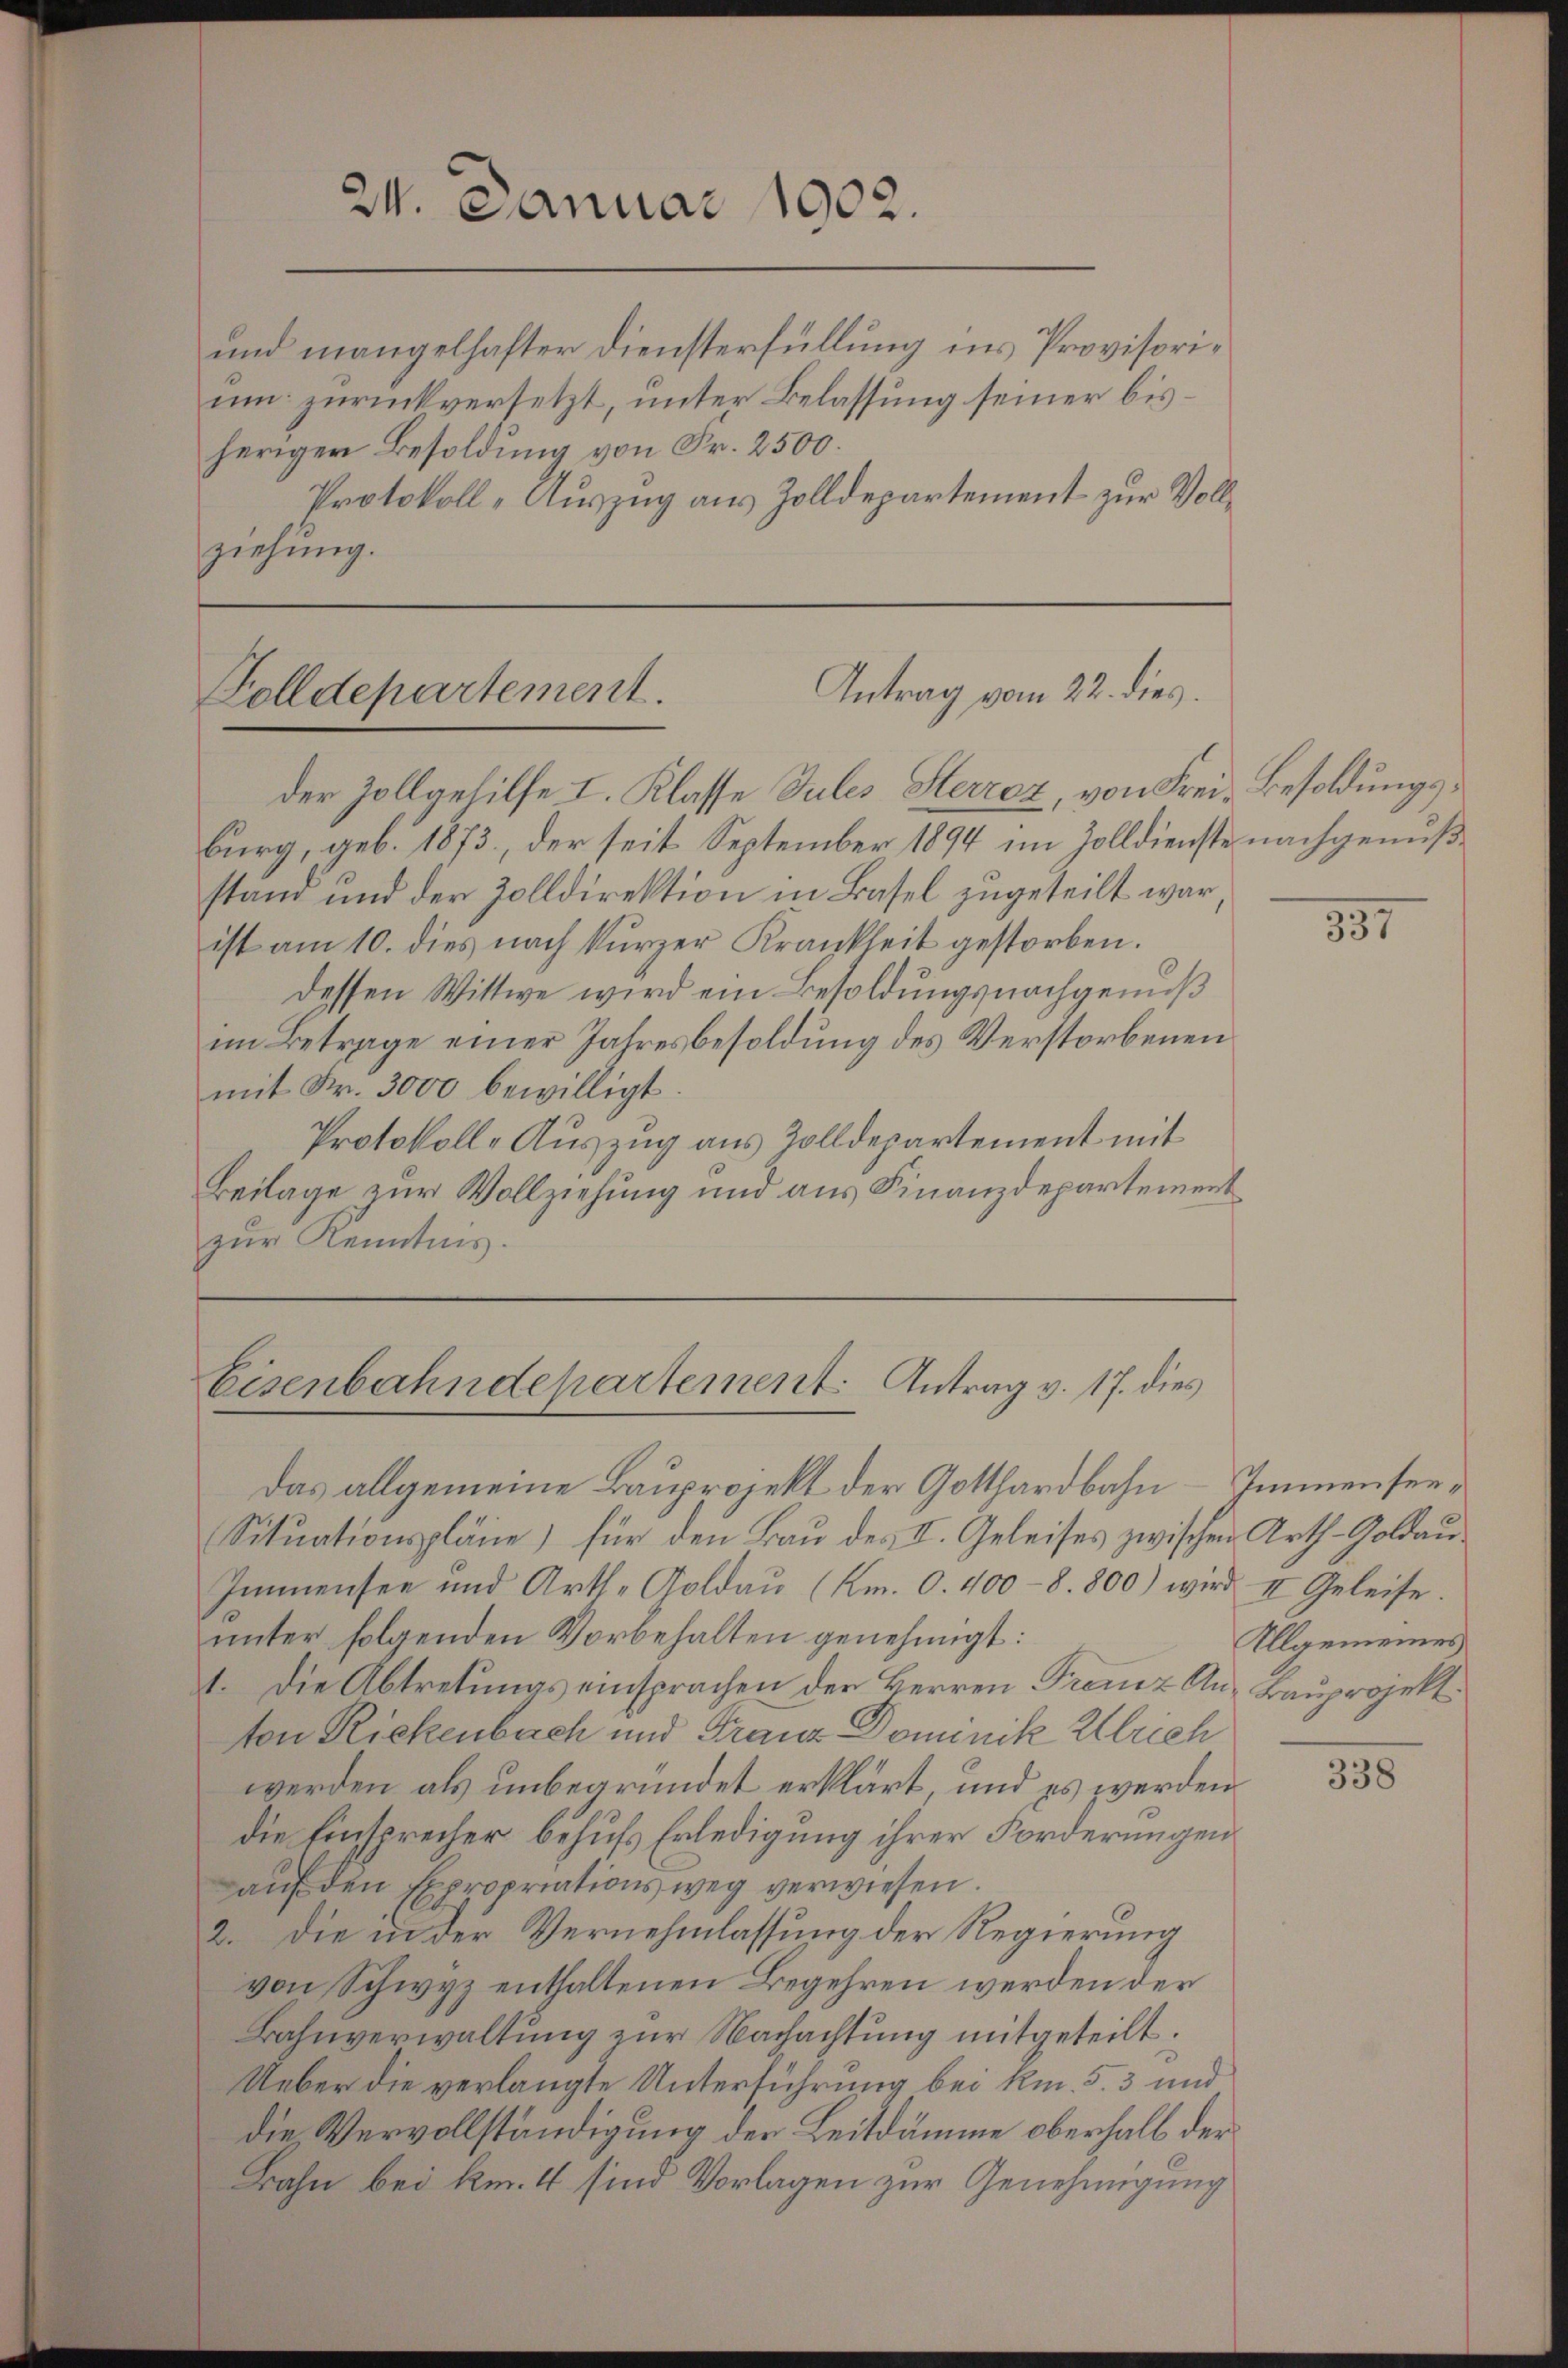
24. Januar 1902.

und mangelhafter Diensterfüllung ins Provisorium zurückversetzt, unter Belassung seiner bisheriger Besoldung von Fr. 2500.
Protokoll-Auszug aus Zolldepartement zur Vollziehung.

Antrag vom 22. dies.
Golldepartement.

Eisenbahndepartement. Antrag v. 17. dies

Das allgemeine Bauprojekt der Gotthardbahn- Immensee¬
Situationspläne für den Bau des II. Geleises zwischen Arth-Goldau¬
Immensee und Arth-Goldaŭ (Km. 0. 400-8. 800) wird II Geleise.
unter folgenden Vorbehalten genehmigt:
1. Die Abtretungs einsprachen der Herren Treuz An- Bauprojekt.
ton Rickenbach und Franz Dominik Ulrich
werden als unbegründet erklärt, und es werden
die Einsprecher behufs Erledigung ihrer Forderungen
aŭf den Expropriationsweg verwiesen.
2. die in der Vernehmlassung der Regierung
von Schwyz enthaltenen Begehren werden der
Bahnverwaltung zur Nachachtung mitgeteilt.
Ueber die verlangte Unterführung bei kn. 5. 3 und
die Vervollständigung der Leitdämme oberhalb der
Bahn bei km. 4 sind Vorlagen zur Genehmigung

der Zollgehilfe I. Klasse Jules Sterrez, von Frei- Besoldungsburg, geb. 1873., der seit September 1894 im Zolldienste nachgenußstand und der Zolldirektion in Basel zugeteilt war,
ist am 10. dies nach kurzer Krankheit gestorben.
dessen Wittwe wird ein Besoldungsnachgenuß
im Betrage einer Jahresbesoldung des Verstorbenen
mit Fr. 3000 bewilligt.
Protokoll-Auszug aus Zolldepartement mit
Beilage zur Vollziehung und aus Finanzdepartement
zur Kenntnis.

351

Allgemeines

338